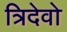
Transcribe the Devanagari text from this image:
त्रिदेवो